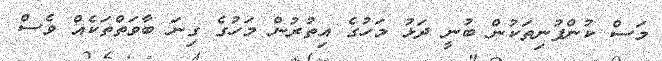
މަސް ކުންފުނިތަކުން ބުނީ ދަޅު މަހުގެ އިތުރުން މަހުގެ ގިނަ ބާވަތްތަކެއް ވެސް